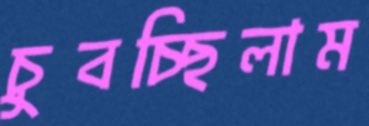
চুবচ্ছিলাম